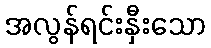
အလွန်ရင်းနှီးသော